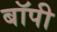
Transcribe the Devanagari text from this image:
बॉपी